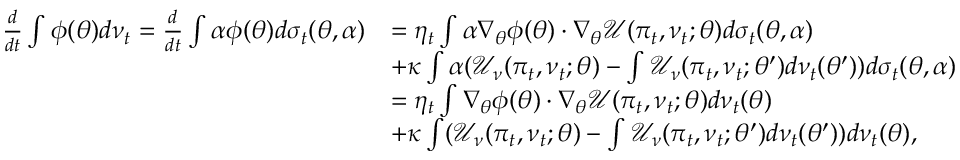
\begin{array} { r l } { \frac { d } { d t } \int \phi ( \theta ) d \nu _ { t } = \frac { d } { d t } \int \alpha \phi ( \theta ) d \sigma _ { t } ( \theta , \alpha ) } & { = \eta _ { t } \int \alpha \nabla _ { \theta } \phi ( \theta ) \cdot \nabla _ { \theta } \mathcal { U } ( \pi _ { t } , \nu _ { t } ; \theta ) d \sigma _ { t } ( \theta , \alpha ) } \\ & { + \kappa \int \alpha ( \mathcal { U } _ { \nu } ( \pi _ { t } , \nu _ { t } ; \theta ) - \int \mathcal { U } _ { \nu } ( \pi _ { t } , \nu _ { t } ; \theta ^ { \prime } ) d \nu _ { t } ( \theta ^ { \prime } ) ) d \sigma _ { t } ( \theta , \alpha ) } \\ & { = \eta _ { t } \int \nabla _ { \theta } \phi ( \theta ) \cdot \nabla _ { \theta } \mathcal { U } ( \pi _ { t } , \nu _ { t } ; \theta ) d \nu _ { t } ( \theta ) } \\ & { + \kappa \int ( \mathcal { U } _ { \nu } ( \pi _ { t } , \nu _ { t } ; \theta ) - \int \mathcal { U } _ { \nu } ( \pi _ { t } , \nu _ { t } ; \theta ^ { \prime } ) d \nu _ { t } ( \theta ^ { \prime } ) ) d \nu _ { t } ( \theta ) , } \end{array}